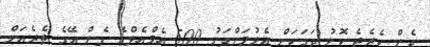
ދެން ކެރެޓެ ކޮޅު ޖަގަކަށް އެޅުމަށްފަހު 500 އެމްއެލްގެ ފެން އޭގެ ތެރެއަށް